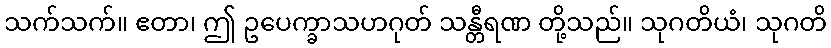
သက်သက်။ ဧတာ၊ ဤ ဥပေက္ခာသဟဂုတ် သန္တီရဏ တို့သည်။ သုဂတိယံ၊ သုဂတိ